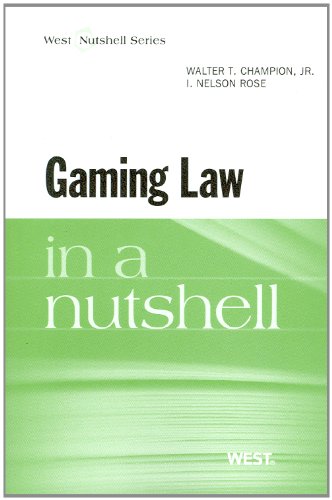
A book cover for Gaming Law in a Nutshell; Walter Champion Jr; Law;